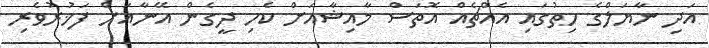
އަދި ނާޔަލްގެ ހިތުގައި އެއްޗެއް އޮތަސް މާއިޝާއަށް ކެހި ދީގެން އޭނާއަށް ފަޚުރުވެރި